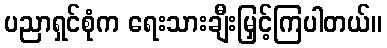
ပညာရှင်စုံက ရေးသားချီးမြှင့်ကြပါတယ်။